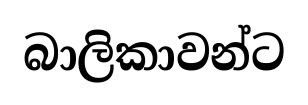
බාලිකාවන්ට